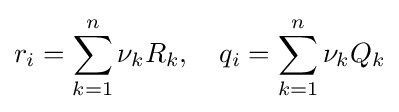
r_{i}=\displaystyle \sum _{k=1}^{n}\nu _{k}R_{k},\quad q_{i}=\displaystyle \sum _{k=1}^{n}\nu _{k}Q_{k}